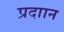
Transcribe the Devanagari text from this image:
प्रदाान